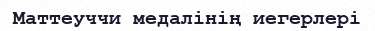
Маттеуччи медалінің иегерлері